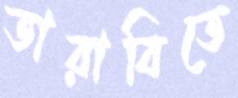
তারাবিতে